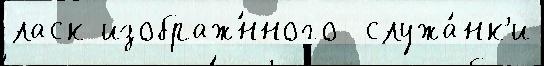
ласк изображ́нного  служа́нк'и